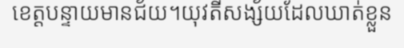
ខេត្តបន្ទាយមានជ័យ។យុវតីសង្ស័យដែលឃាត់ខ្លួន